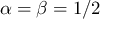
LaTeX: \alpha = \beta = 1 / 2